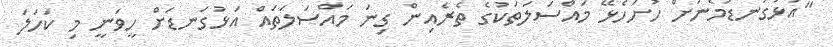
"އަޅުގަނޑުމެނަށް ހުށަހެޅޭ މައްސަލަތަކުގެ ތެރެއިން ގިނަ މައްސަލަތައް އަޅުގަނޑަށް ހީވަނީ މި ކަހަލަ